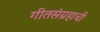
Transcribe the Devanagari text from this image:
गीतसंग्रहाची